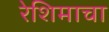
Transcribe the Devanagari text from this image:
रेशिमाचा